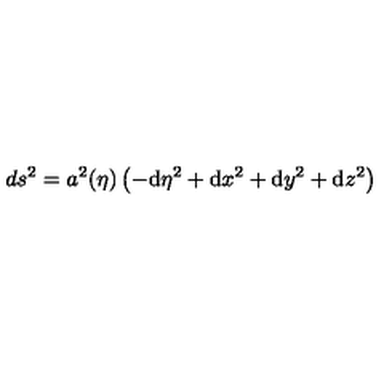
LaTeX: d s ^ { 2 } = a ^ { 2 } ( \eta ) \left( - \mathrm { d } \eta ^ { 2 } + \mathrm { d } x ^ { 2 } + \mathrm { d } y ^ { 2 } + \mathrm { d } z ^ { 2 } \right)